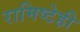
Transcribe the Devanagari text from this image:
रामिष्टेही